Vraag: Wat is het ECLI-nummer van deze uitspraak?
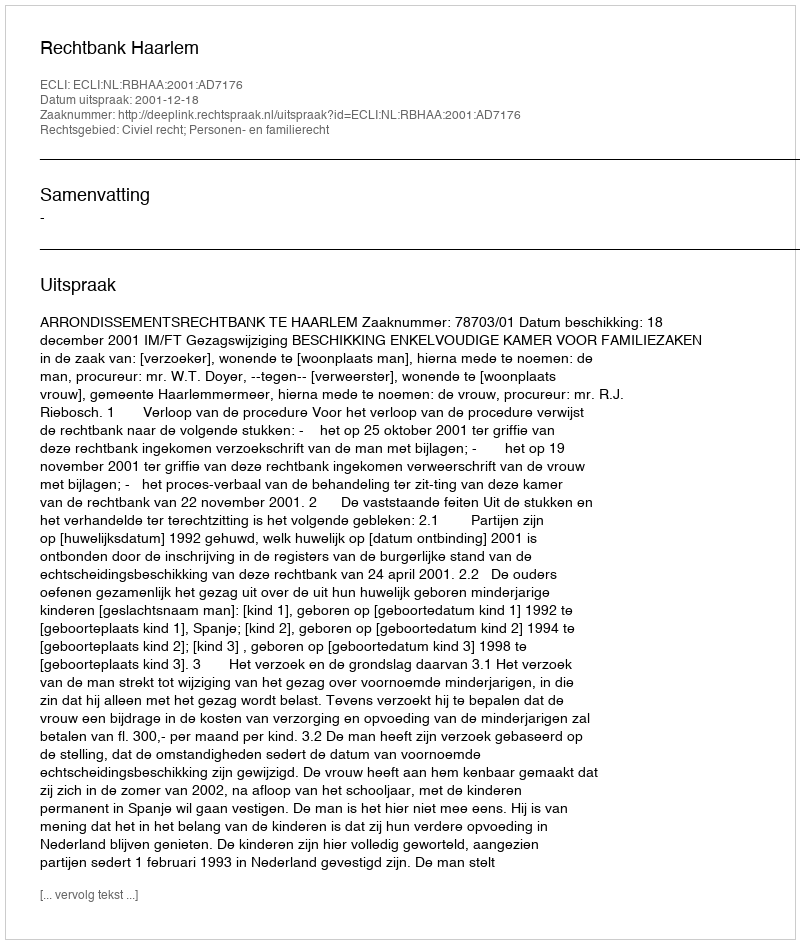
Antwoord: ECLI:NL:RBHAA:2001:AD7176